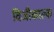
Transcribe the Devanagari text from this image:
विजीकाल्क